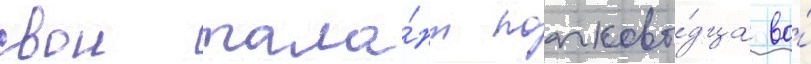
свои тала́нт полково́дца во́